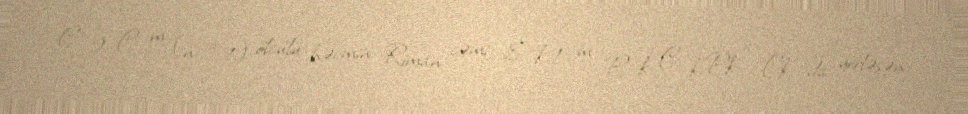
C 2 C m (n + 1) ölcülü həcmin Riman cəmi ∑ k 1 m P k C k Pk , Ck `da yerləşən